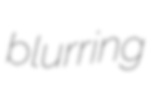
blurring